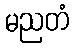
မညတံ